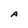
Character: A